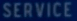
SERVICE